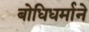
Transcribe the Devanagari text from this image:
बोधिधर्माने